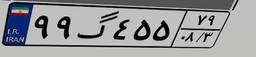
۹۹گ۴۵۵۷۹